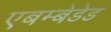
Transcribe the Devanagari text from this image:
एबम्बेडेड